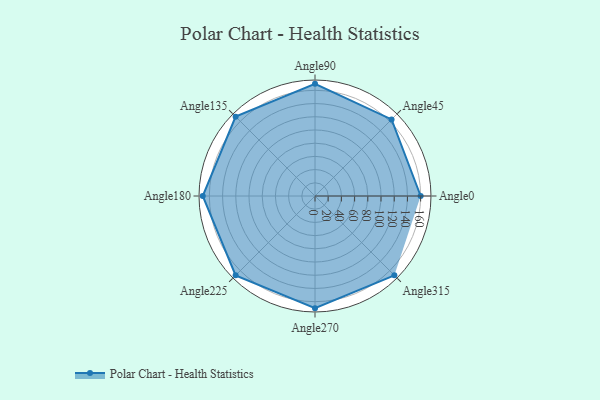
{"axis": {"x": "Angle", "y": "Radius"}, "legend": [""], "data": [{"x": "Angle0", "y": 160.0, "type": ""}, {"x": "Angle45", "y": 164.0, "type": ""}, {"x": "Angle90", "y": 170, "type": ""}, {"x": "Angle135", "y": 170, "type": ""}, {"x": "Angle180", "y": 170, "type": ""}, {"x": "Angle225", "y": 170, "type": ""}, {"x": "Angle270", "y": 170, "type": ""}, {"x": "Angle315", "y": 170, "type": ""}]}